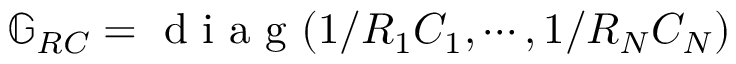
\mathbb { G } _ { R C } = \textrm { d i a g } ( 1 / R _ { 1 } C _ { 1 } , \cdots , 1 / R _ { N } C _ { N } )